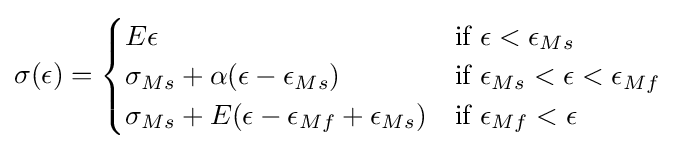
\sigma (\epsilon )={\begin{cases}E\epsilon &{\text{if }}\epsilon <\epsilon _{Ms}\\\sigma _{Ms}+\alpha (\epsilon -\epsilon _{Ms})&{\text{if }}\epsilon _{Ms}<\epsilon <\epsilon _{Mf}\\\sigma _{Ms}+E(\epsilon -\epsilon _{Mf}+\epsilon _{Ms})&{\text{if }}\epsilon _{Mf}<\epsilon \end{cases}}